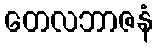
တေလဘာဇနံ